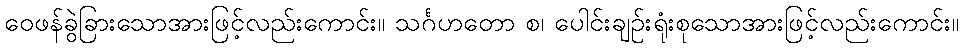
ဝေဖန်ခွဲခြားသောအားဖြင့်လည်းကောင်း။ သင်္ဂဟတော စ၊ ပေါင်းချဉ်းရုံးစုသောအားဖြင့်လည်းကောင်း။